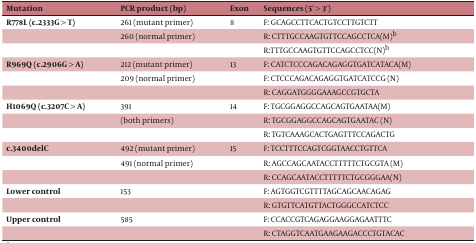
<table><thead><tr><td><b>Mutation</b></td><td><b>PCR product (bp)</b></td><td><b>Exon</b></td><td><b>Sequences (5&#x27; &gt; 3&#x27;)</b></td></tr></thead><tbody><tr><td><b>R778L (c.2333G &gt; T)</b></td><td>261 (mutant primer)</td><td>8</td><td>F: GCAGCCTTCACTGTCCTTGTCTT</td></tr><tr><td></td><td>260 (normal primer)</td><td></td><td>R: CTTTGCCAAGTGTTCCAGCCTC<i>A</i>(M)<sup>b</sup></td></tr><tr><td></td><td></td><td></td><td>R:TTTGCCAAGTGTTCCAGCCTCC(N)<sup>b</sup></td></tr><tr><td><b>R969Q (c.2906G &gt; A)</b></td><td>212 (mutant primer)</td><td>13</td><td>F: CATCTCCCAGACAGAGGTGATCATAC<i>A</i>(M)</td></tr><tr><td></td><td>209 (normal primer)</td><td></td><td>F: CTCCCAGACAGAGGTGATCATCCG (N)</td></tr><tr><td></td><td></td><td></td><td>R: CAGGATGGGGAAAGCCGTGCTA</td></tr><tr><td><b>H1069Q (c.3207C &gt; A)</b></td><td>391</td><td>14</td><td>F: TGCGGAGGCCAGCAGTGAATA<i>A</i>(M)</td></tr><tr><td></td><td>(both primers)</td><td></td><td>R: TGCGGAGGCCAGCAGTGAATAC (N)</td></tr><tr><td></td><td></td><td></td><td>R: TGTCAAAGCACTGAGTTTCCAGACTG</td></tr><tr><td><b>c.3400delC</b></td><td>492 (mutant primer)</td><td>15</td><td>F: TCCTTTCCAGTCGGTAACCTGTTCA</td></tr><tr><td></td><td>491 (normal primer)</td><td></td><td>R: AGCCAGCAATACCTTTTTCTGCGTA (M)</td></tr><tr><td></td><td></td><td></td><td>R: CCAGCAATACCTTTTTCTGCGGGAA(N)</td></tr><tr><td><b>Lower control </b></td><td>153</td><td></td><td>F: AGTGGTCGTTTTAGCAGCAACAGAG</td></tr><tr><td></td><td></td><td></td><td>R: GTGTTCATGTTACTGGGCCATCTCC</td></tr><tr><td><b>Upper control</b></td><td>585</td><td></td><td>F: CCACCGTCAGAGGAAGGAGAATTTC</td></tr><tr><td></td><td></td><td></td><td>R: CTAGGTCAATGAAGAAGACCCTGTACAC</td></tr></tbody></table>